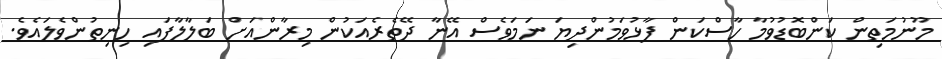
މޫނުމަތިން ކަންބޮޑުވުމާ ހާސްކަން ފާޅުވަމުންދިޔަ ނަމަވެސް އޭނާ ދޭތެރެއަކުން މިރާންއަށް ބަލާލާފައި ހިނިތުންވެލައެވެ.